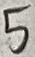
Text: 5